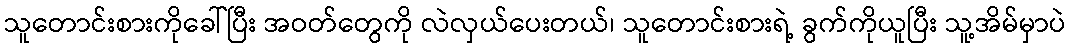
သူတောင်းစားကိုခေါ်ပြီး အဝတ်တွေကို လဲလှယ်ပေးတယ်၊ သူတောင်းစားရဲ့ ခွက်ကိုယူပြီး သူ့အိမ်မှာပဲ